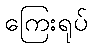
ကြေးရုပ်